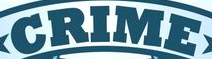
CRIME